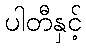
ပါတီနှင့်